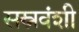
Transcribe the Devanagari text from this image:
सस्नवंशी